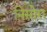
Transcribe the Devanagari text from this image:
निसोरा